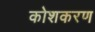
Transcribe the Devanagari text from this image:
कोशकरण